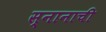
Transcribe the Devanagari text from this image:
स्नानाची